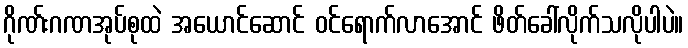
ဂိုဏ်းဂဏအုပ်စုထဲ အယောင်ဆောင် ဝင်ရောက်လာအောင် ဖိတ်ခေါ်လိုက်သလိုပါပဲ။